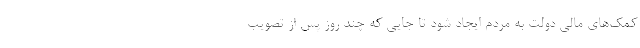
کمک‌های مالی دولت به مردم ایجاد شود تا جایی که چند روز پس از تصویب